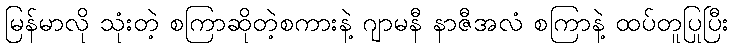
မြန်မာလို သုံးတဲ့ စကြာဆိုတဲ့စကားနဲ့ ဂျာမနီ နာဇီအလံ စကြာနဲ့ ထပ်တူပြုပြီး